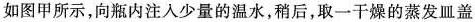
如图甲所示，向瓶内注入少量的温水，稍后，取一干燥的蒸发皿盖